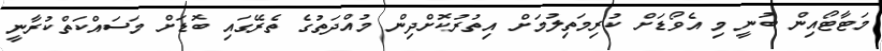
މަޓާޓޯއިން ބުނީ މި އެވޯޑަށް ކުރިމަތިލުމަށް އިތުރުކޮށްދިން މުއްދަތުގެ ތެރޭގައި ބޮޑަށް މަސައްކަތްކުރާނީ